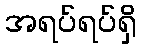
အရပ်ရပ်ရှိ